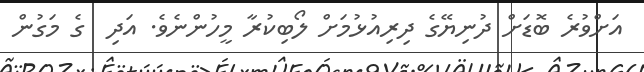
އަށްވުރެ ބޮޑަށް ދުނިޔޭގެ ދިރިއުޅުމަށް ލޯބިކުރާ މީހުންނެވެ. އަދި  ގެ މަގުން